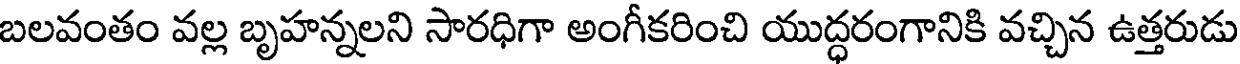
బలవంతం వల్ల బృహన్నలని సారధిగా అంగీకరించి యుద్ధరంగానికి వచ్చిన ఉత్తరుడు